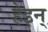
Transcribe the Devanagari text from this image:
हेइन्